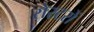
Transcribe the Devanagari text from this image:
रोस्टरों